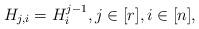
LaTeX: \begin{align*} H_{j, i} = H_{i}^{j - 1}, j \in [r], i \in [n],\end{align*}